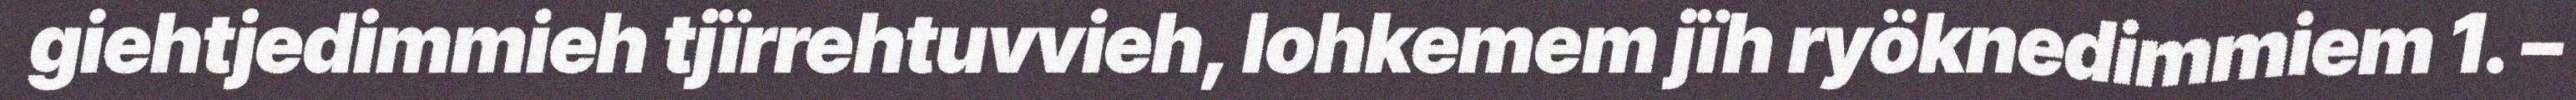
giehtjedimmieh tjïrrehtuvvieh, lohkemem jïh ryöknedimmiem 1. –